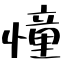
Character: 憧